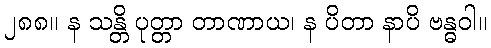
၂၈၈။ န သန္တိ ပုတ္တာ တာဏာယ၊ န ပိတာ နာပိ ဗန္ဓဝါ။